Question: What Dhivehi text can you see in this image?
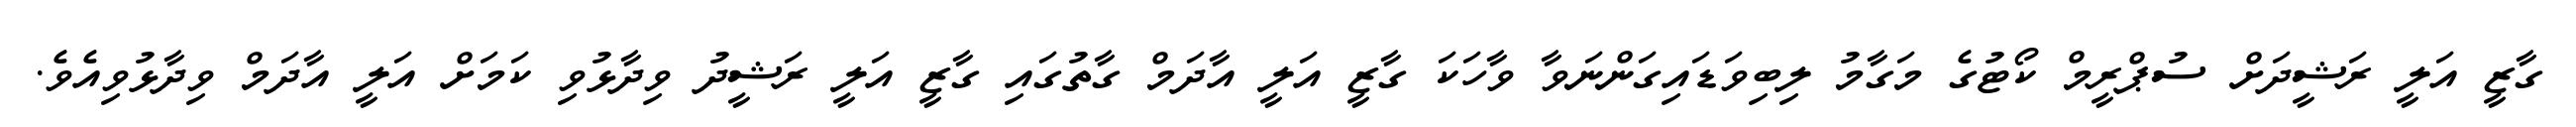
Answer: ގާޒީ އަލީ ރަޝީދަށް ސުޕްރީމް ކޯޓުގެ މަގާމު ލިބިވަޑައިގަންނަވާ ވާހަކަ ގާޒީ އަލީ އާދަމް ގާތުގައި ގާޒީ އަލީ ރަޝީދު ވިދާޅުވި ކަމަށް އަލީ އާދަމް ވިދާޅުވިއެވެ.